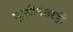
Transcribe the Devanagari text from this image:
मुक्तीनंतरही